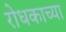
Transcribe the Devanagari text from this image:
रोधकाच्या